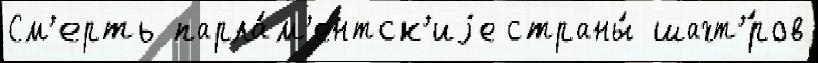
См'ерть парла́м'ентск'иjе страны́ шахт'́ров